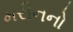
મરીનનો